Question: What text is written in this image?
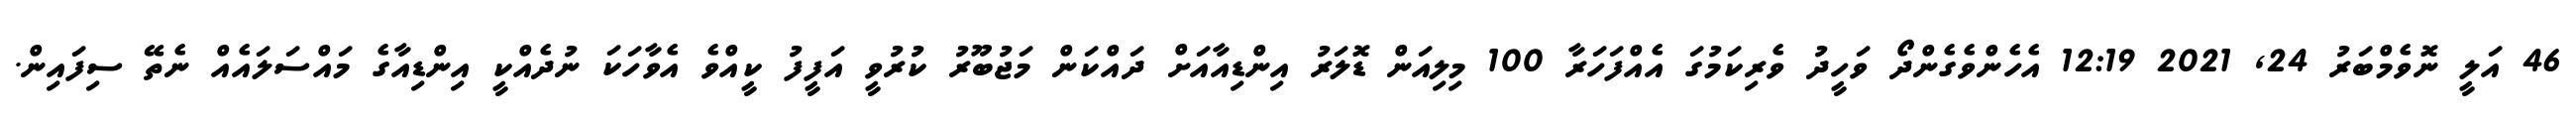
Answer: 46 އަލީ ނޮވެމްބަރު 24, 2021 12:19 އެހެންވެގެންދޯ ވަހީދު ވެރިކަމުގަ އެއްފަހަރާ 100 މިލިއަން ޑޮލަރު އިންޑިއާއަށް ދައްކަން މަޖުބޫރު ކުރުވީ އަފީފު ކީއްވެ އެވާހަކަ ނުދެއްކީ އިންޑިއާގެ މައްސަލައެއް ނެތޭ ސިފައިން.